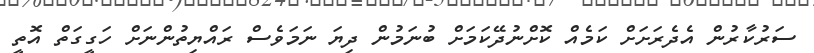
ސަރުކާރުން އެދެރަށަށް ކަމެއް ކޮށްނުދޭކަމަށް ބުނަމުން ދިޔަ ނަމަވެސް ރައްޔިތުންނަށް ހަގީގަތް އޮތީ